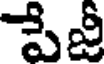
పేజీ